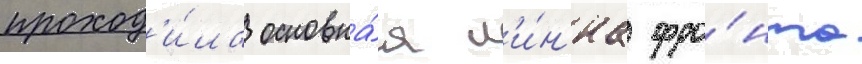
проход'и́ла основна́я л'и́н'иа фро́нта